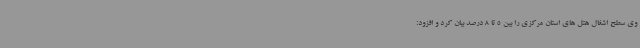
وی سطح اشغال هتل های استان مرکزی را بین 5 تا 8 درصد بیان کرد و افزود: